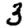
Digit: 3